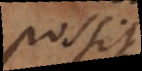
possit.